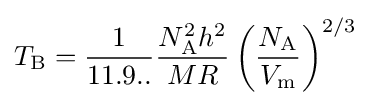
T_{\text{B}}={\frac {1}{11.9..}}{\frac {N_{\text{A}}^{2}h^{2}}{MR}}\left({\frac {N_{\text{A}}}{V_{\text{m}}}}\right)^{2/3}